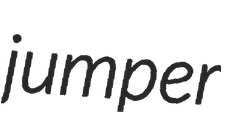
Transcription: jumper